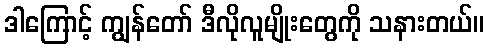
ဒါကြောင့် ကျွန်တော် ဒီလိုလူမျိုးတွေကို သနားတယ်။